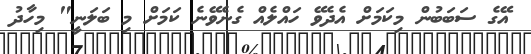
އޭގެ ސަބަބުން މިކަމަށް އެދެވޭ ހައްލެއް ގެނެވޭނެ ކަމަށް މި ބަލަނީ" މިހާދު